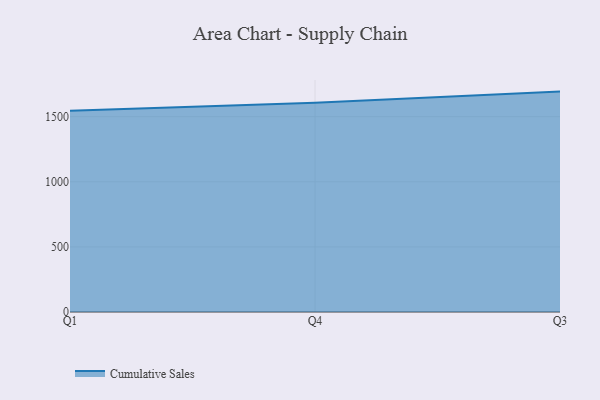
{"axis": {"x": "Quarter", "y": "Energy Usage (MWh)"}, "legend": ["Cumulative Sales"], "data": [{"x": "Q1", "y": 1545.2, "type": "Cumulative Sales"}, {"x": "Q4", "y": 1606.1, "type": "Cumulative Sales"}, {"x": "Q3", "y": 1692.5, "type": "Cumulative Sales"}]}